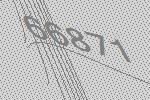
66871